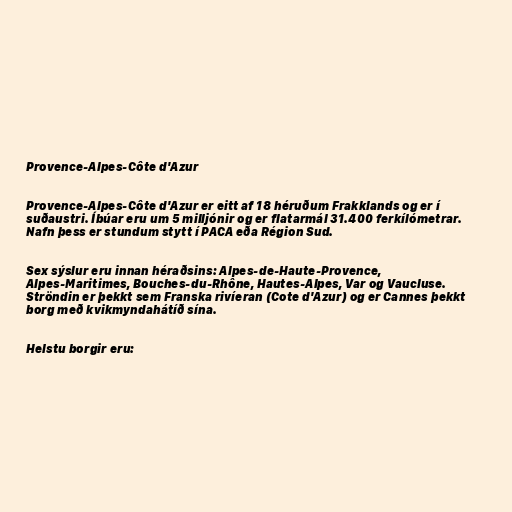
Provence-Alpes-Côte d'Azur

Provence-Alpes-Côte d'Azur er eitt af 18 héruðum Frakklands og er í
suðaustri. Íbúar eru um 5 milljónir og er flatarmál 31.400 ferkílómetrar.
Nafn þess er stundum stytt í PACA eða Région Sud.

Sex sýslur eru innan héraðsins: Alpes-de-Haute-Provence,
Alpes-Maritimes, Bouches-du-Rhône, Hautes-Alpes, Var og Vaucluse.
Ströndin er þekkt sem Franska rivíeran (Cote d'Azur) og er Cannes þekkt
borg með kvikmyndahátíð sína.

Helstu borgir eru: